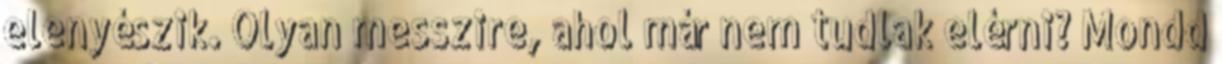
elenyészik. Olyan messzire, ahol már nem tudlak elérni? Mondd